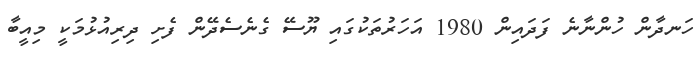
ހަނދާން ހުންނާނެ ފަދައިން 1980 އަހަރުތަކުގައި ޔޫސޭ ގެނެސެދޭން ފެށި ދިރިއުޅުމަކީ މިއީބާ